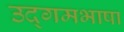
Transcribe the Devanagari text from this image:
उद्गमभाषा